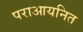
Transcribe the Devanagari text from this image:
पराआयनित